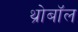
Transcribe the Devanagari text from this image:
थ्रोबॉल